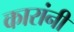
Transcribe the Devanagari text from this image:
कारांनी